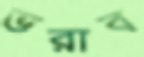
ভরাব